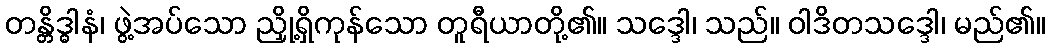
တန္တိဒ္ဓါနံ၊ ဖွဲ့အပ်သော ညှို့ရှိကုန်သော တူရီယာတို့၏။ သဒ္ဒေါ၊ သည်။ ဝါဒိတသဒ္ဒေါ၊ မည်၏။